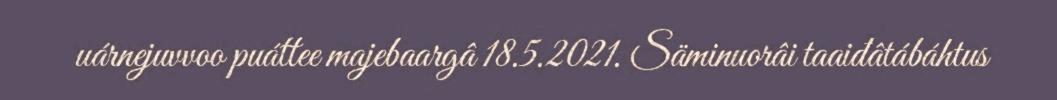
uárnejuvvoo puáttee majebaargâ 18.5.2021. Säminuorâi taaiđâtábáhtus